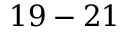
1 9 - 2 1